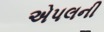
એપલની